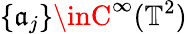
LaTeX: \{ \mathfrak{a}_{j}\} \inC^{\infty}(\mathbb{{T}}^{2})